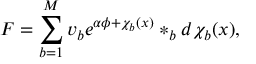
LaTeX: F = \sum _ { b = 1 } ^ { M } v _ { b } e ^ { \alpha \phi + \chi _ { b } ( x ) } \ast _ { b } d \chi _ { b } ( x ) ,